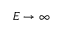
E \to \infty